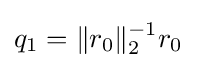
q_{1}=\|r_{0}\|_{2}^{-1}r_{0}